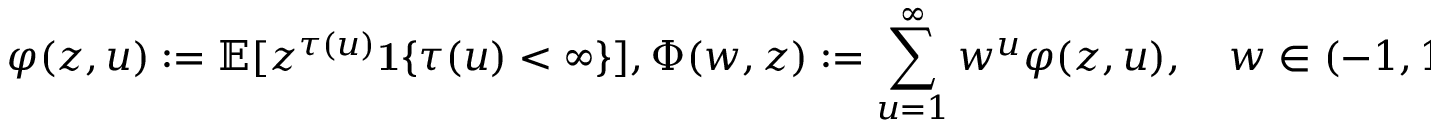
\varphi ( z , u ) : = \mathbb { E } [ z ^ { \tau ( u ) } \mathbf { 1 } \{ \tau ( u ) < \infty \} ] , \: \: \: \Phi ( w , z ) : = \sum _ { u = 1 } ^ { \infty } w ^ { u } \varphi ( z , u ) , \quad w \in ( - 1 , 1 ) ,